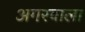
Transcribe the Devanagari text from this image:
अगरवाला